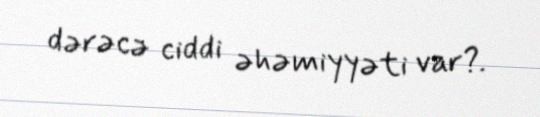
dərəcə ciddi əhəmiyyəti var?.